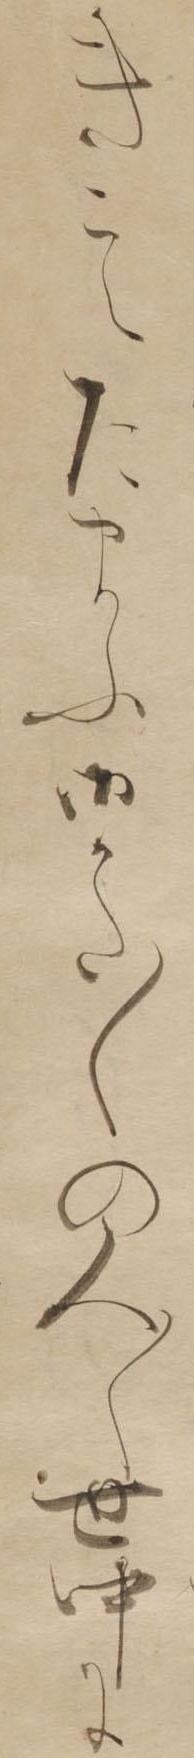
きこえたまふ御かた〱の人〱世中に